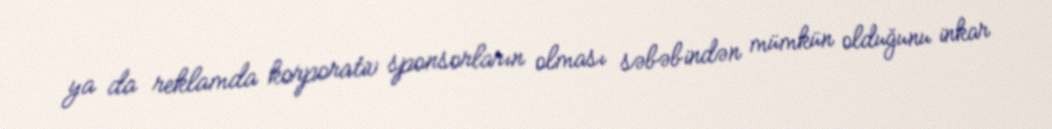
ya da reklamda korporativ sponsorların olması səbəbindən mümkün olduğunu inkar